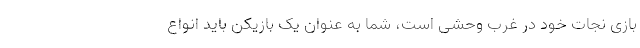
بازی نجات خود در غرب وحشی است، شما به عنوان یک بازیکن باید انواع